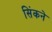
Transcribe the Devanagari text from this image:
सिंकने